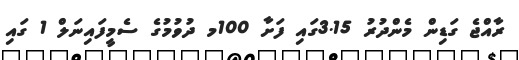
ރާއްޖެ ގަޑިން މެންދުރު 3.15ގައި ފަށާ 100މ ދުވުމުގެ ސެމީފައިނަލް 1 ގައި